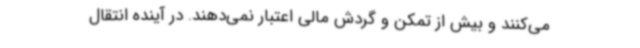
می‌کنند و بیش از تمکن و گردش مالی اعتبار نمی‌دهند. در آینده انتقال